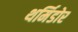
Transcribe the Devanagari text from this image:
थर्मिडोर